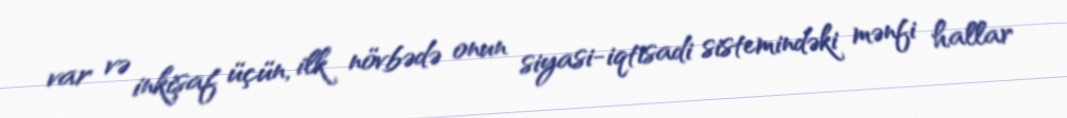
var və inkişaf üçün, ilk növbədə onun siyasi-iqtisadi sistemindəki mənfi hallar